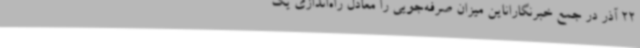
22 آذر در جمع خبرنگاراناین میزان صرفه‌جویی را معادل راه‌اندازی یک